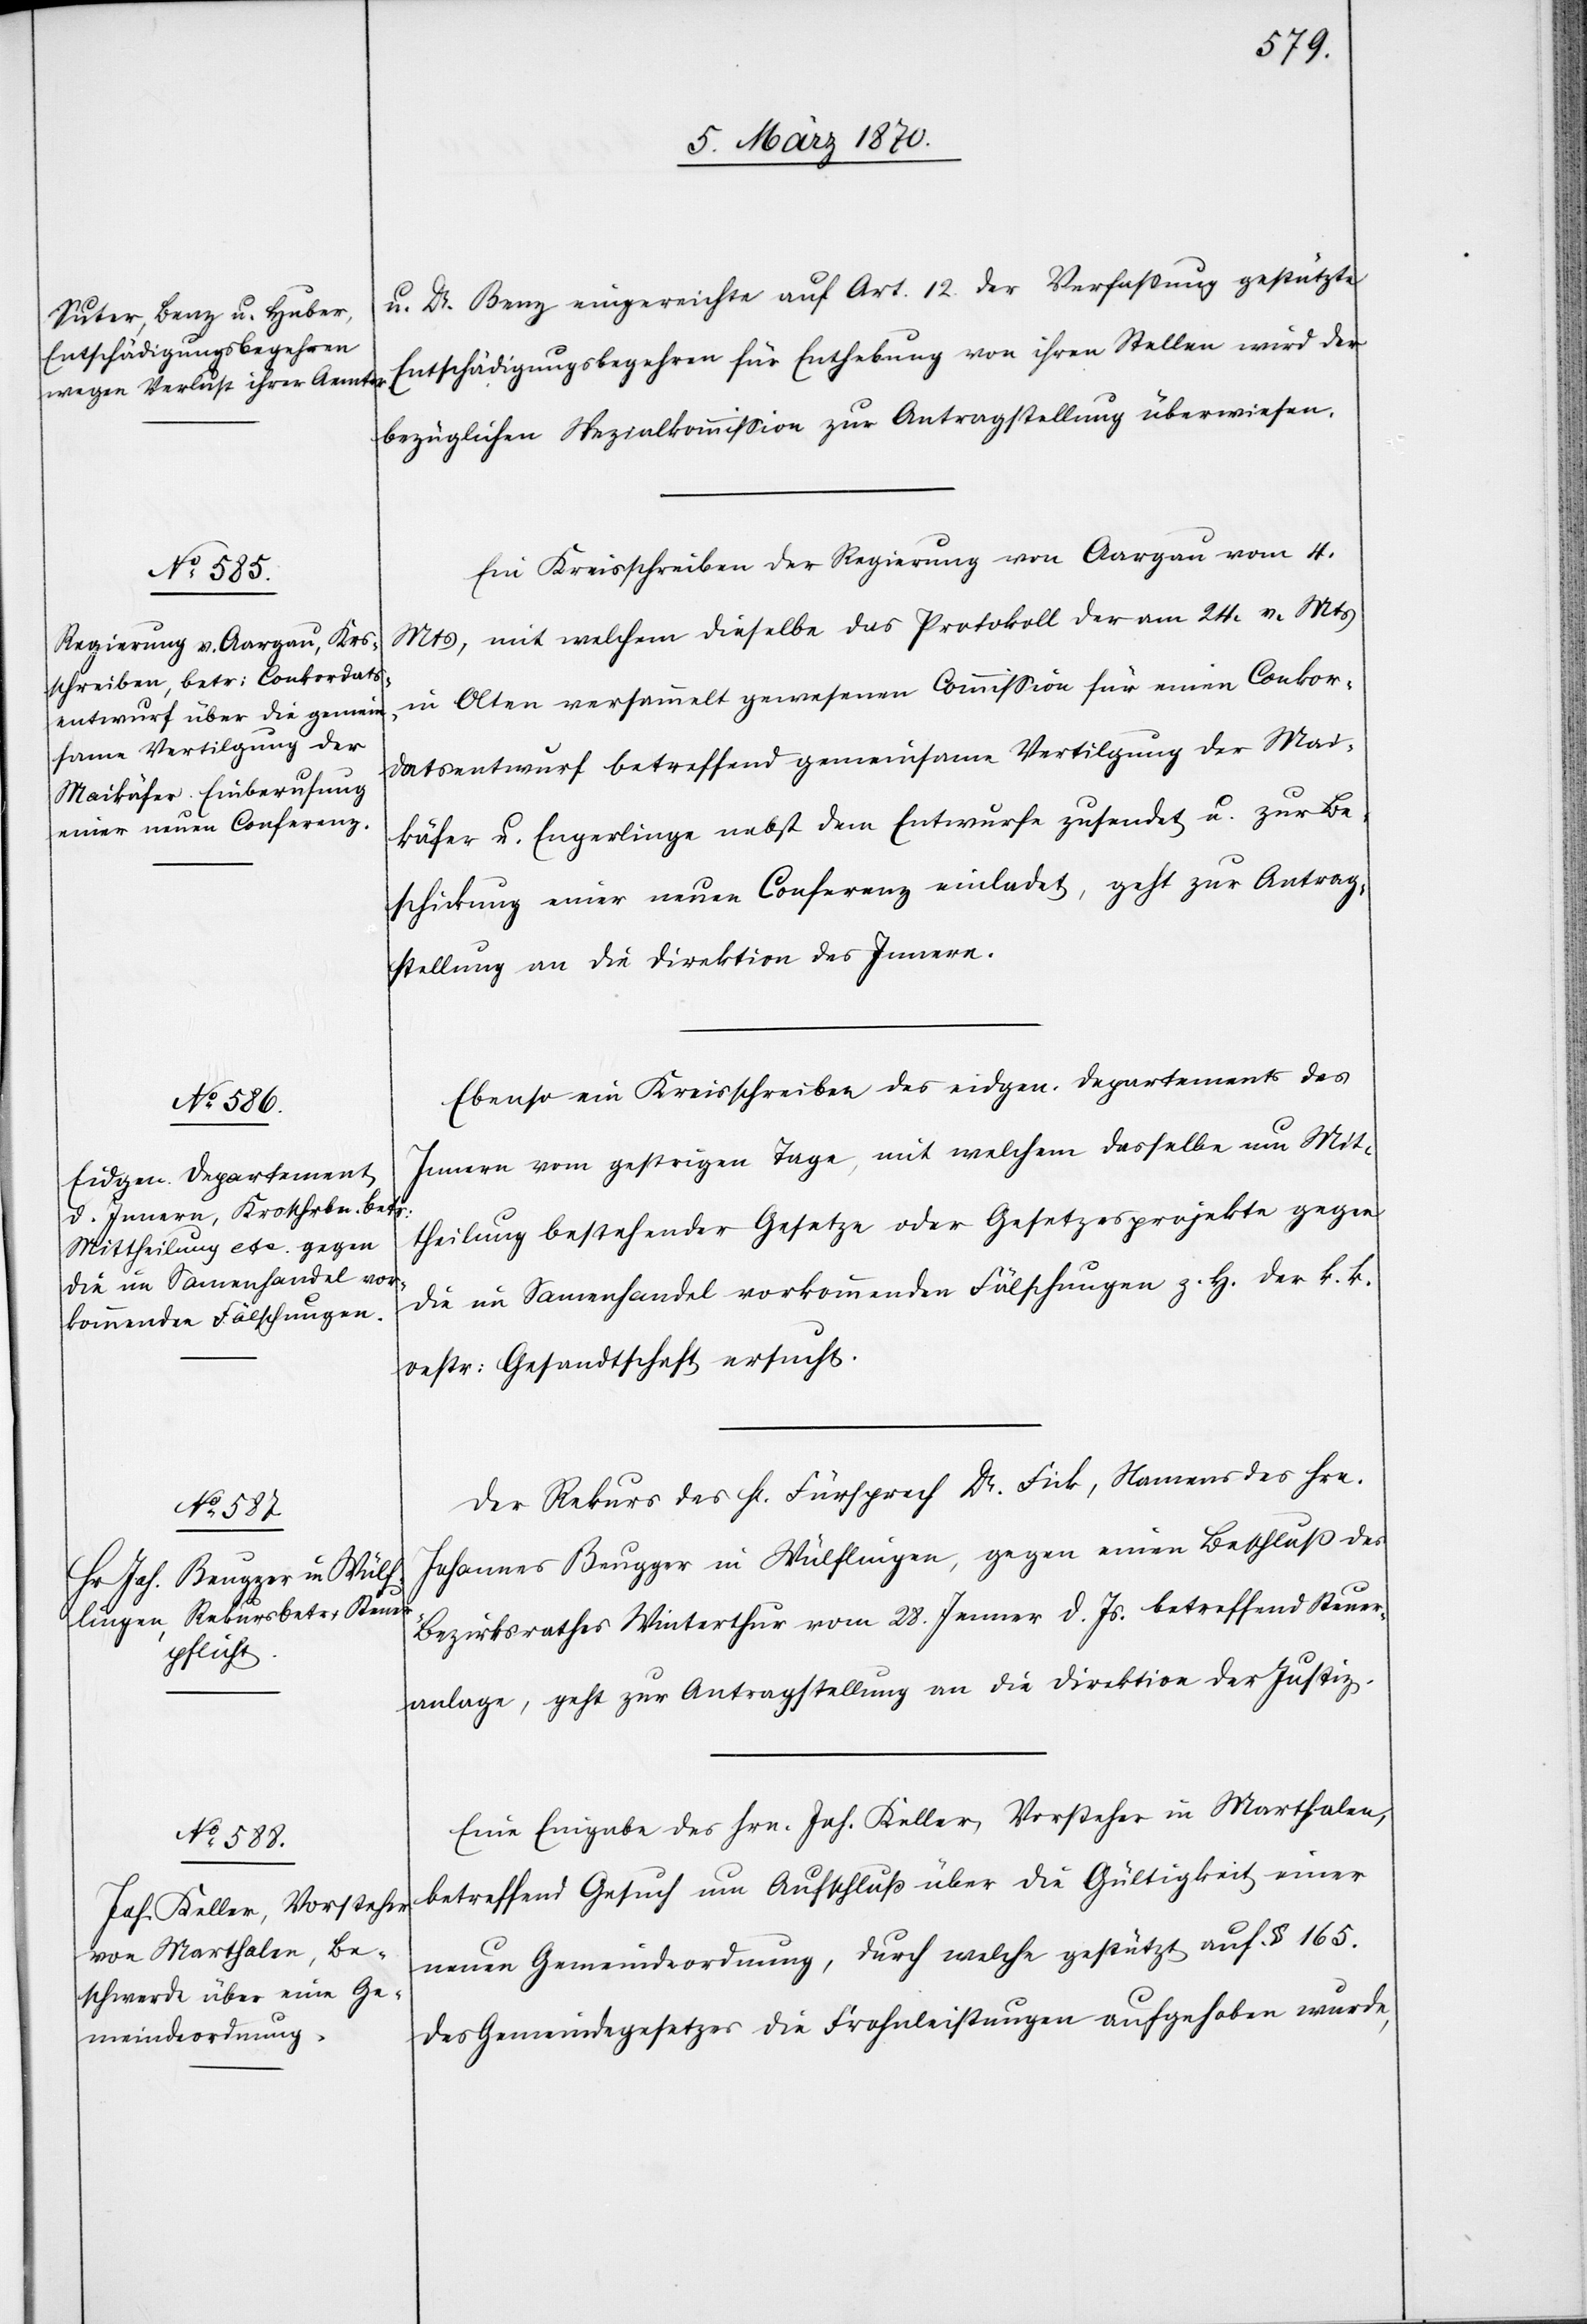
tzung

8. März 1870]
u. Dr. Benz eingereichte auf Art. 12 der Verfaßung gestützte
Entschädigungsbegehren für Enthebung von ihren Stellen wird der
bezüglichen Spezialkommission zur Antragstellung überwiesen.
Ein Kreisschreiben der Regierung von Aargau vom 4.
Mts, mit welchem dieselbe das Protokoll der am 24. v. Mts
in Olten versammelt gewesenen Commission für einen Conkor¬
datsentwurf betreffend gemeinsame Vertilgung der Mai¬
käfer u. Engerlinge nebst dem Entwurfe zusendet u. zur Be¬
schickung einer neuen Conferenz einladet, geht zur Antrag¬
stellung an die Direktion des Innern.
Ebenso ein Kreisschreiben des eidgen. Departements des
Innern vom gestrigen Tage, mit welchem dasselbe um Mit¬
theilung bestehender Gesetze oder Gesetzesprojekte gegen
die im Samenhandel vorkommenden Fälschungen z. H. der k. k.
oestr: Gesandtschaft ersucht.
Der Rekurs des H. Fürsprech Dr. Fick, Namens des Hrn.
Johannes Beugger in Wülflingen, gegen einen Beschluß des
Bezirksrathes Winterthur vom 28. Jenner d. Js. betreffend Steuer¬
anlage, geht zur Antragstellung an die Direktion der Justiz.
Eine Eingabe des Hrn. Joh. Keller, Vorsteher in Marthalen,
betreffend Gesuch um Aufschluß über die Gültigkeit einer
neuen Gemeindeordnung, durch welche gestützt auf § 165.
des Gemeindegesetzes die Frohnleistungen aufgehoben wurde[n],